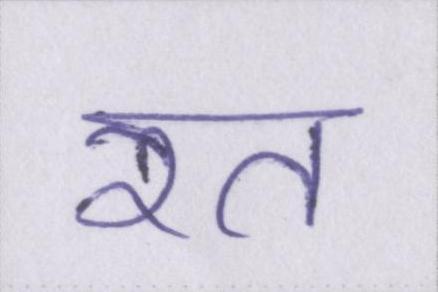
रत